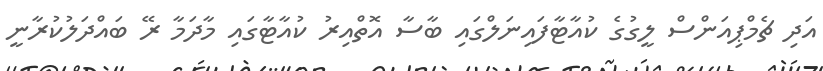
އަދި ޗެމްޕިއަންސް ލީގުގެ ކުއާޓާފައިނަލްގައި ބާސާ އޮތްއިރު ކުއާޓާގައި މާދަމާ ރޭ ބައްދަލުކުރާނީ